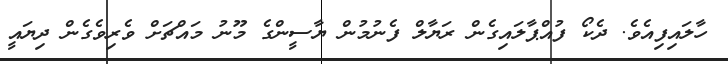
ހާލައިފިއެވެ. ދެކޯ ފުއްޕާލައިގެން ރަޔާލް ފެނުމުން ޔާސީންގެ މޫނު މައްޗަށް ވެރިވެގެން ދިޔައީ